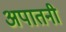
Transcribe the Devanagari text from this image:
अपातनी